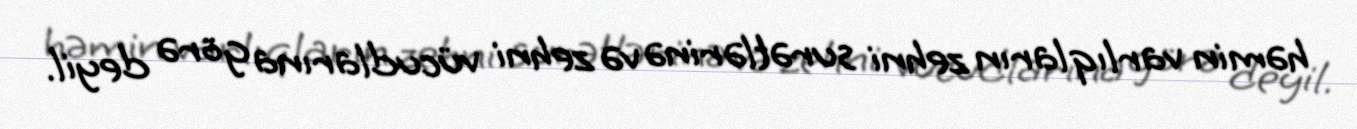
həmin varlıqların zehni surətlərinə və zehni vücudlarına görə deyil.